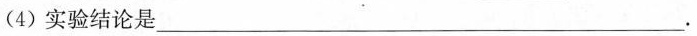
(4)实验结论是___.